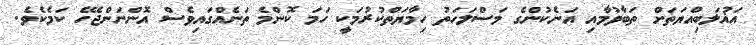
އަޣުލަބިއްޔަތަށް ތަބާވުމާއި އަނެކުންގެ މަސްލަހަތު ހިމާޔަތްކުރުމަކީ ހަމަ ކޮންމެ ތަނެއްގައިވެސް އޮންނަންޖެހޭ ކަމެކެވެ.